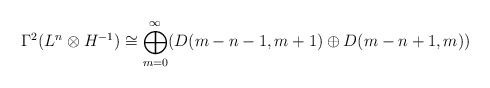
\begin{align*}\Gamma^2(L^n \otimes H^{-1}) \cong \bigoplus_{m=0}^\infty (D(m-n-1,m+1) \oplus D(m-n+1,m))\end{align*}